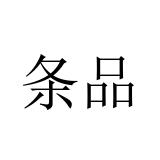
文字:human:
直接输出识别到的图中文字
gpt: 条品